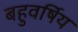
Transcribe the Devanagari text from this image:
बहुवर्षिय